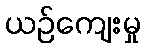
ယဉ်ကျေးမှု